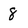
Character: 8